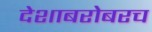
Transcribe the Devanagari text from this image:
देशाबरोबरच